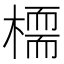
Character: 𣚊